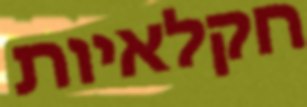
חקלאיות